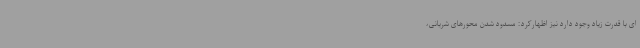
ای با قدرت زیاد وجود دارد نیز اظهارکرد: مسدود شدن محورهای شریانی،